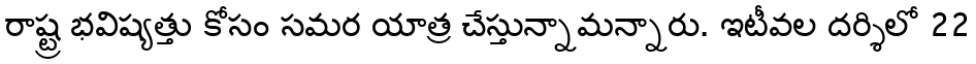
రాష్ట్ర భవిష్యత్తు కోసం సమర యాత్ర చేస్తున్నామన్నారు. ఇటీవల దర్శిలో 22